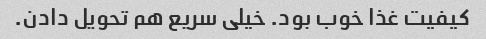
کیفیت غذا خوب بود. خیلی سریع هم تحویل دادن.